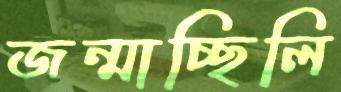
জন্মাচ্ছিলি